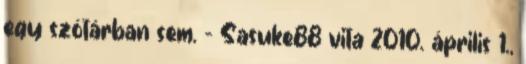
egy szótárban sem. – Sasuke88 vita 2010. április 1.,